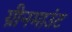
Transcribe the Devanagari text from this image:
ग्रीनमाउंट